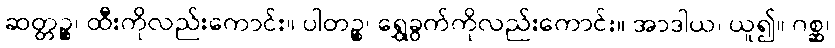
ဆတ္တဉ္စ၊ ထီးကိုလည်းကောင်း။ ပါတဉ္စ၊ ရွှေခွက်ကိုလည်းကောင်း။ အာဒါယ၊ ယူ၍။ ဂစ္ဆ၊